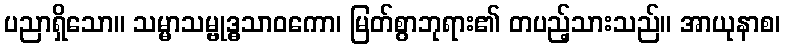
ပညာရှိသော။ သမ္မာသမ္ဗုဒ္ဓသာဝကော၊ မြတ်စွာဘုရား၏ တပည့်သားသည်။ အာယုနာစ၊